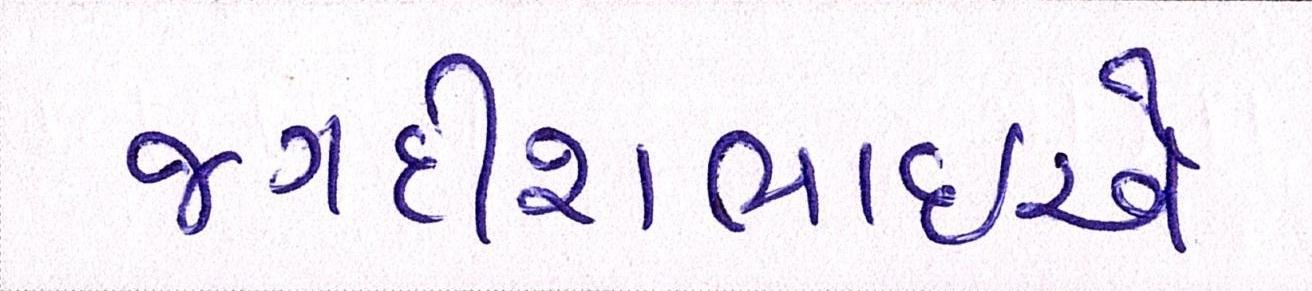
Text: જગદીશભાઇએ